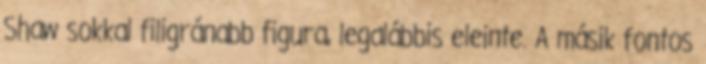
Shaw sokkal filigránabb figura, legalábbis eleinte. A másik fontos